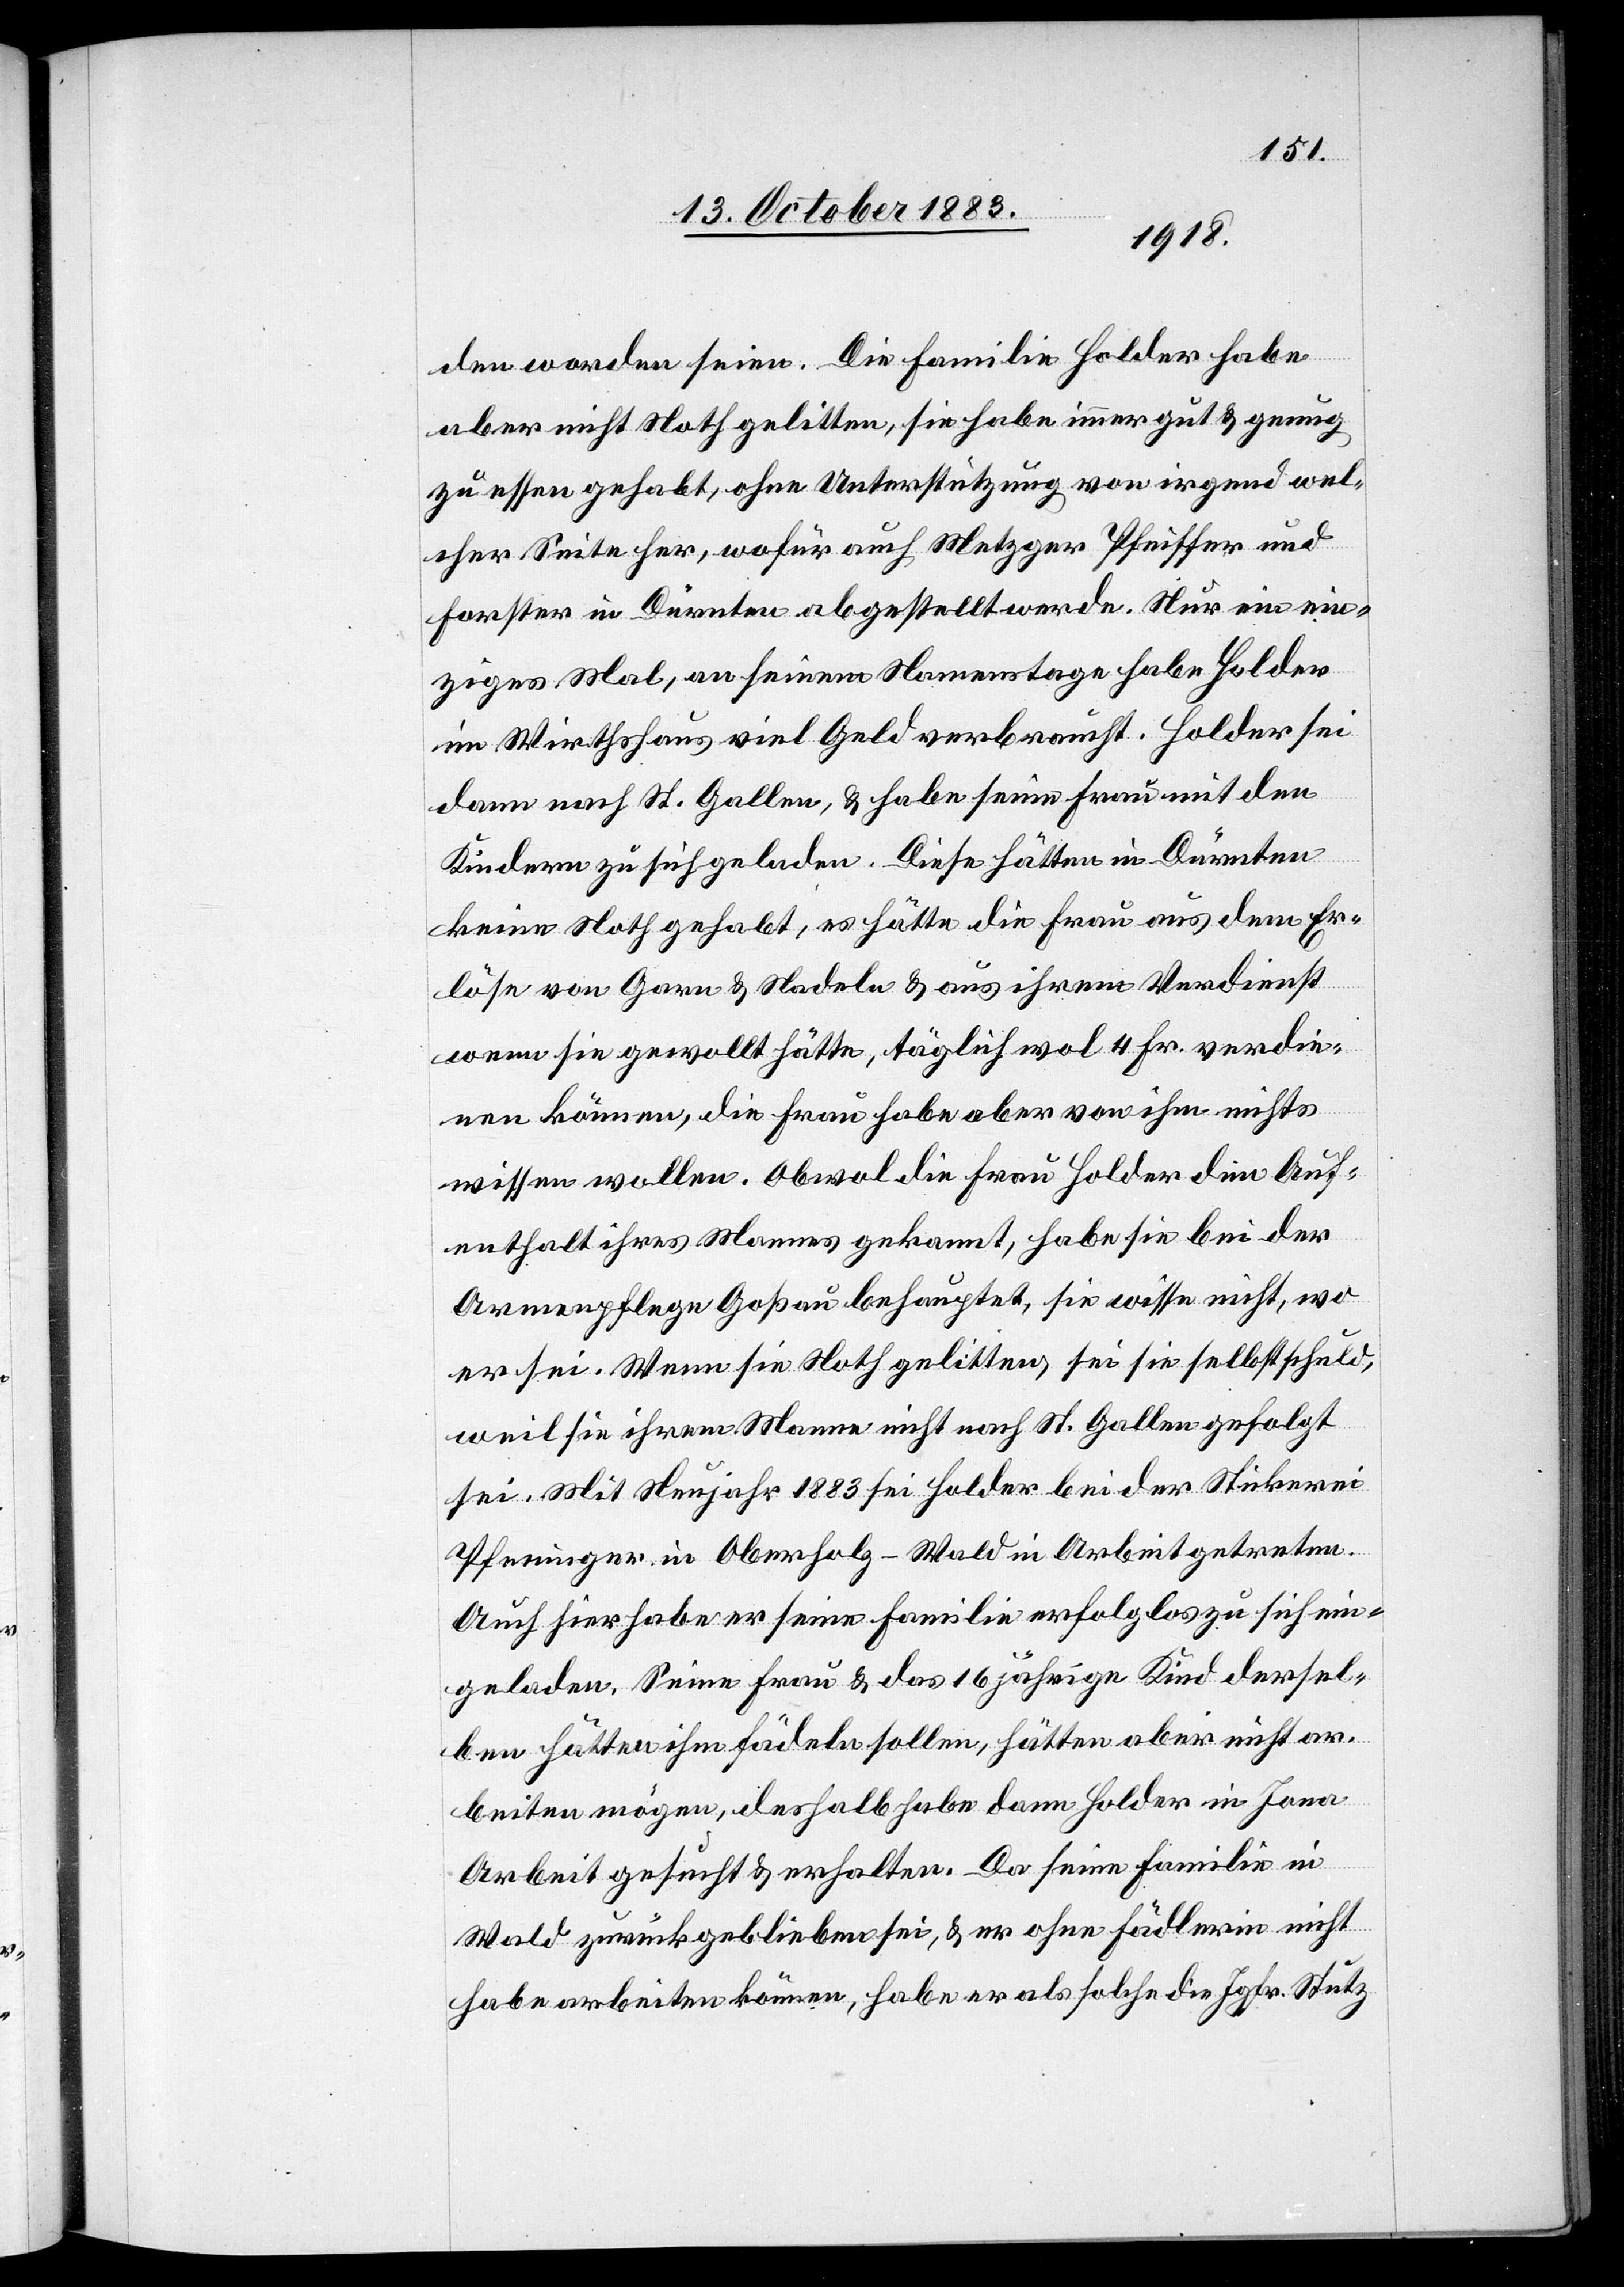
den worden seien. Die Familie Holder habe
aber nicht Noth gelitten, sie habe immer gut & genug
zu essen gehabt, ohne Unterstützung von irgend wel¬
cher Seite her, wofür auch Metzger Pfeiffer und
Forster in Dürnten abgestellt werden. Nur ein ein¬
ziges Mal, an seinem Namenstage habe Holder
im Wirthshaus viel Geld verbraucht. Holder sei
dann nach St. Gallen, & habe seine Frau mit den
Kindern zu sich geladen. Diese hätten in Dürnten
keine Noth gehabt, es hätte die Frau aus dem Er¬
löse von Garn & Nadeln & aus ihrem Verdienst
wenn sie gewollt hätte, täglich wol 4 Fr. verdie¬
nen können, die Frau habe aber von ihm nichts
wissen wollen. Obwol die Frau Holder den Auf¬
enthalt ihres Mannes gekannt, habe sie bei der
Armenpflege Goßau behauptet, sie wisse nicht, wo
er sei. Wenn sie Noth gelitten, sei sie selbst schuld,
weil sie ihrem Manne nicht nach St. Gallen gefolgt
sei. Mit Neujahr 1883 sei Holder bei der Stickerei
Pfenninger in Oberholz - Wald in Arbeit getreten.
Auch hier habe er seine Familie erfolglos zu sich ein¬
geladen. Seine Frau & das 16 jährige Kind dersel¬
ben hätten ihm fädeln sollen, hätten aber nicht ar¬
beiten mögen, deshalb habe dann Holder in Jona
Arbeit gesucht & erhalten. Da seine Familie in
Wald zurückgeblieben sei, & er ohne Fädlerin nicht
habe arbeiten können, habe er als solche die Jgfr. Stutz